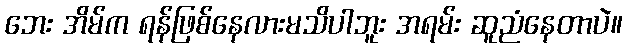
ဘေး အိမ်က ရန်ဖြစ်နေလားမသိပါဘူး အရမ်း ဆူညံနေတာပဲ။